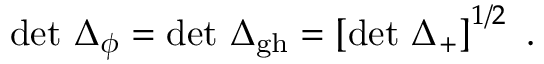
\operatorname * { d e t } \, \Delta _ { \phi } = \operatorname * { d e t } \, \Delta _ { \mathrm { g h } } = \left[ \operatorname * { d e t } \, \Delta _ { + } \right] ^ { 1 / 2 } \ .